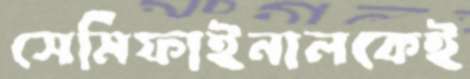
সেমিফাইনালকেই